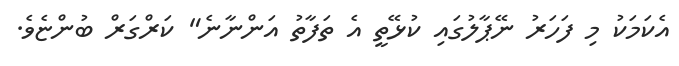
އެކަމަކު މި ފަހަރު ނޭޕާލުގައި ކުޅޭތީ އެ ތަފާތު އަންނާނެ" ކަރްގަރް ބުންޏެވެ.